Medical and sanitary report on the native army of Bombay for the year
Year: 1879
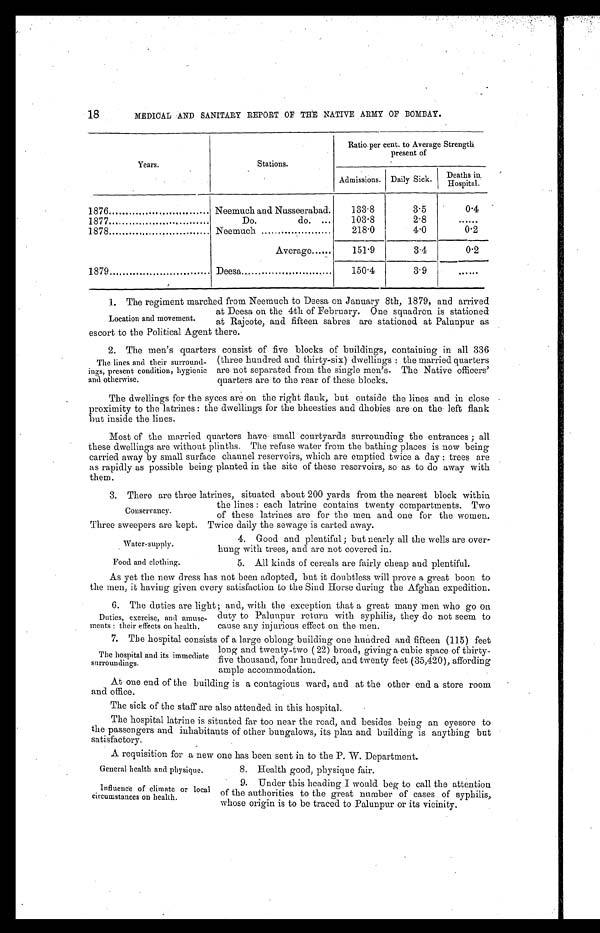
Water-supply.
Food and clothing.
General health and physique.
Influence of climate or local
circumstances on health.
18
MEDICAL AND SANITARY REPORT OF THE NATIVE ARMY OF BOMBAY.
Years.
Stations.
Ratio per cent. to Average Strength
present of
Admissions. Daily Sick.
Deaths
i n H o s p i t a l .
1876 . . .
Neemuch and Nusseerabad.
133.8
3.5
0.4
1877 . . .
Do. do. . . .
103.8
2.8
. . .
1878 . . .
Neemuch . . .
218.0
4.0
0.2
Average . . .
151.9
3.4
0.2
1879 . . .
Deesa . . .
150.4
3.9
. . .
1 . T h e r e g i m e n t m a r c h e d f r o m N e e m u c h t o D e e s a o n J a n u a r y 8 t h , 1 8 7 9 , a n d a r r i v e d
at Deesa on the 4th of February. One squadron is stationed
at Rajcote, and fifteen sabres are stationed at Palunpur as
escort to the Political Agent there.
2 . T h e m e n ' s q u a r t e r s c o n s i s t o f f i v e b l o c k s o f b u i l d i n g s , c o n t a i n i n g i n a l l 3 3 6
(three hundred and thirty-six) dwellings: the married quarters
are not separated from the single men's. The Native officers'
quarters are to the rear of these blocks.
The dwellings for the syces are on the right flank, but outside the lines and in close
proximity to the latrines: the dwellings for the bheesties and dhobies are on the left flank
but inside the lines.
Most of the married quarters have small courtyards surrounding the entrances; all
these dwellings are without plinths. The refuse water from the bathing places is now being
carried away by small surface channel reservoirs, which are emptied twice a day: trees are
as rapidly as possible being planted in the site of these reservoirs, so as to do away with
them.
3 . T h e r e a r e t h r e e l a t r i n e s , s i t u a t e d a b o u t 2 0 0 y a r d s f r o m t h e n e a r e s t b l o c k w i t h i n
the lines: each latrine contains twenty compartments. Two
of these latrines are for the men and one for the women.
Three sweepers are kept. Twice daily the sewage is carted away.
Location and movement.
The lines and their surround
- i n g s , p r e s e n t c o n d i t i o n , h y g i e n i c
and otherwise.
Conservancy.
4. Good and plentiful; but nearly all the wells are over
-hung with trees, and are not covered in.
5. All kinds of cereals are fairly cheap and plentiful.
As yet the new dress has not been adopted, but it doubtless will prove a great boon to
the men, it having given every satisfaction to the Sind Horse during the Afghan expedition.
6 . T h e d u t i e s a r e l i g h t ; a n d , w i t h t h e e x c e p t i o n t h a t a g r e a t m a n y m e n w h o g o o n
duty to Palunpur return with syphilis, they do not seem to
cause any injurious effect on the men.
7 . T h e h o s p i t a l c o n s i s t s o f a l a r g e o b l o n g b u i l d i n g o n e h u n d r e d a n d f i f t e e n ( 1 1 5 ) f e e t
long and twenty-two (22) broad, giving a cubic space of thirty
-
five thousand, four hundred, and twenty feet (35,420), affording
ample accommodation.
At one end of the building is a contagious ward, and at the other end a store room
and office.
The sick of the staff are also attended in this hospital.
The hospital latrine is situated far too near the road, and besides being an eyesore to
the passengers and inhabitants of other bungalows, its plan and building is anything but
satisfactory.
A requisition for a new one has been sent in to the P. W. Department.
Duties, exercise, and amuse
-ments: their effects on health.
The hospital and its immediate
surroundings.
8. Health good, physique fair.
9. Under this heading I would beg to call the attention
of the authorities to the great number of cases of syphilis,
whose origin is to be traced to Palunpur or its vicinity.